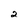
Character: 2